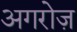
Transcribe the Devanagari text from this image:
अगरोज़